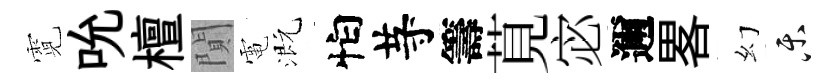
霓吮檀閴電溉怕䒭籌莧宓邇畧幻乐